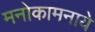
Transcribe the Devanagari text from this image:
मनोकामनाये